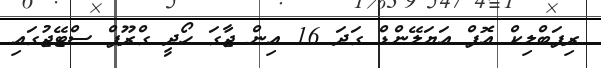
ރިޕަބްލިކް އޮފް އަޔަލޭންޑް ގަދަ 16 އިން ޖާގަ ހޯދީ ގްރޫޕް ސްޓޭޖުގައި